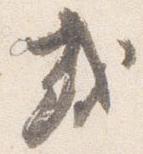
或